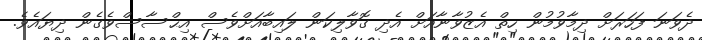
ދެވަނަ ފަހަރަށް ދިމާވުމުން ހިތް އެޒުވާނާއަށް އެދި ގޮވާލިކަން ލައިބާއަށްވެސް އިޙްސާސްވެގެން ދިޔައެވެ.